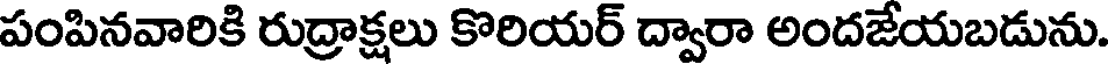
పంపినవారికి రుద్రాక్షలు కొరియర్ ద్వారా అందజేయబడును.